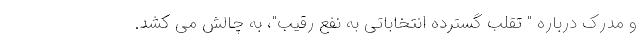
و مدرک درباره " تقلب گسترده انتخاباتی به نفع رقیب"، به چالش می کشد.